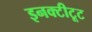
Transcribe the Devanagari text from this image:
इनक्टीटूट